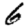
Digit: 6